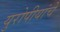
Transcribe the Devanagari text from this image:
युरोपीयांचे